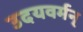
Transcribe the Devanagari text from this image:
उदयवर्मन्